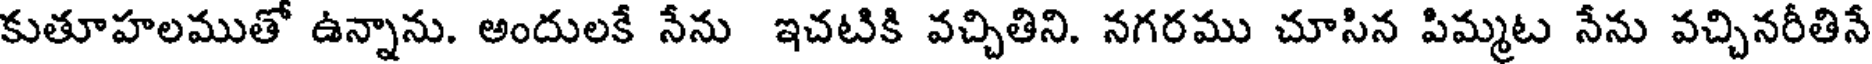
కుతూహలముతో ఉన్నాను. అందులకే నేను ఇచటికి వచ్చితిని. నగరము చూసిన పిమ్మట నేను వచ్చినరీతినే